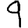
Digit: 9